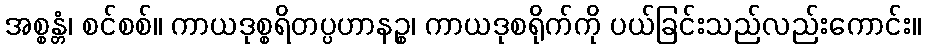
အစ္စန္တံ၊ စင်စစ်။ ကာယဒုစ္စရိတပ္ပဟာနဉ္စ၊ ကာယဒုစရိုက်ကို ပယ်ခြင်းသည်လည်းကောင်း။